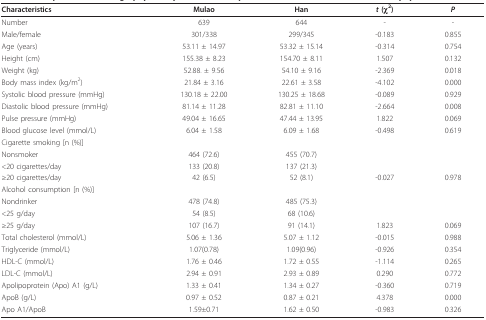
<table><thead><tr><td><b>Characteristics</b></td><td><b>Mulao</b></td><td><b>Han</b></td><td><b><i>t </i>(χ<sup>2</sup>)</b></td><td><b><i>P</i></b></td></tr></thead><tbody><tr><td>Number</td><td>639</td><td>644</td><td>-</td><td>-</td></tr><tr><td>Male/female</td><td>301/338</td><td>299/345</td><td>-0.183</td><td>0.855</td></tr><tr><td>Age (years)</td><td>53.11 ± 14.97</td><td>53.32 ± 15.14</td><td>-0.314</td><td>0.754</td></tr><tr><td>Height (cm)</td><td>155.38 ± 8.23</td><td>154.70 ± 8.11</td><td>1.507</td><td>0.132</td></tr><tr><td>Weight (kg)</td><td>52.88. ± 9.56</td><td>54.10 ± 9.16</td><td>-2.369</td><td>0.018</td></tr><tr><td>Body mass index (kg/m<sup>2</sup>)</td><td>21.84 ± 3.16</td><td>22.61 ± 3.58</td><td>-4.102</td><td>0.000</td></tr><tr><td>Systolic blood pressure (mmHg)</td><td>130.18 ± 22.00</td><td>130.25 ± 18.68</td><td>-0.089</td><td>0.929</td></tr><tr><td>Diastolic blood pressure (mmHg)</td><td>81.14 ± 11.28</td><td>82.81 ± 11.10</td><td>-2.664</td><td>0.008</td></tr><tr><td>Pulse pressure (mmHg)</td><td>49.04 ± 16.65</td><td>47.44 ± 13.95</td><td>1.822</td><td>0.069</td></tr><tr><td>Blood glucose level (mmol/L)</td><td>6.04 ± 1.58</td><td>6.09 ± 1.68</td><td>-0.498</td><td>0.619</td></tr><tr><td>Cigarette smoking [n (%)]</td><td></td><td></td><td></td><td></td></tr><tr><td>Nonsmoker</td><td>464 (72.6)</td><td>455 (70.7)</td><td></td><td></td></tr><tr><td>&lt;20 cigarettes/day</td><td>133 (20.8)</td><td>137 (21.3)</td><td></td><td></td></tr><tr><td>≥20 cigarettes/day</td><td>42 (6.5)</td><td>52 (8.1)</td><td>-0.027</td><td>0.978</td></tr><tr><td>Alcohol consumption [n (%)]</td><td></td><td></td><td></td><td></td></tr><tr><td>Nondrinker</td><td>478 (74.8)</td><td>485 (75.3)</td><td></td><td></td></tr><tr><td>&lt;25 g/day</td><td>54 (8.5)</td><td>68 (10.6)</td><td></td><td></td></tr><tr><td>≥25 g/day</td><td>107 (16.7)</td><td>91 (14.1)</td><td>1.823</td><td>0.069</td></tr><tr><td>Total cholesterol (mmol/L)</td><td>5.06 ± 1.36</td><td>5.07 ± 1.12</td><td>-0.015</td><td>0.988</td></tr><tr><td>Triglyceride (mmol/L)</td><td>1.07(0.78)</td><td>1.09(0.96)</td><td>-0.926</td><td>0.354</td></tr><tr><td>HDL-C (mmol/L)</td><td>1.76 ± 0.46</td><td>1.72 ± 0.55</td><td>-1.114</td><td>0.265</td></tr><tr><td>LDL-C (mmol/L)</td><td>2.94 ± 0.91</td><td>2.93 ± 0.89</td><td>0.290</td><td>0.772</td></tr><tr><td>Apolipoprotein (Apo) A1 (g/L)</td><td>1.33 ± 0.41</td><td>1.34 ± 0.27</td><td>-0.360</td><td>0.719</td></tr><tr><td>ApoB (g/L)</td><td>0.97 ± 0.52</td><td>0.87 ± 0.21</td><td>4.378</td><td>0.000</td></tr><tr><td>Apo A1/ApoB</td><td>1.59±0.71</td><td>1.62 ± 0.50</td><td>-0.983</td><td>0.326</td></tr></tbody></table>